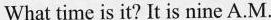
What time is it? It is nine A.M.